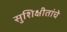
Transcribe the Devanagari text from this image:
सुशिक्षीतांचे